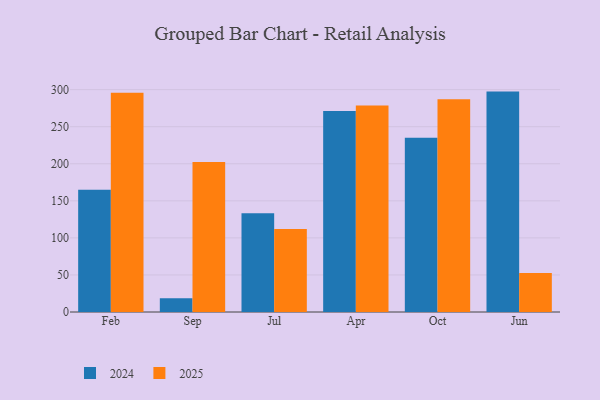
{"axis": {"x": "Month", "y": "Latency (ms)"}, "legend": ["2024", "2025"], "data": [{"x": "Feb", "y": 164.8, "type": "2024"}, {"x": "Feb", "y": 295.7, "type": "2025"}, {"x": "Sep", "y": 18.4, "type": "2024"}, {"x": "Sep", "y": 202.4, "type": "2025"}, {"x": "Jul", "y": 133.2, "type": "2024"}, {"x": "Jul", "y": 112.1, "type": "2025"}, {"x": "Apr", "y": 271.2, "type": "2024"}, {"x": "Apr", "y": 278.5, "type": "2025"}, {"x": "Oct", "y": 235.1, "type": "2024"}, {"x": "Oct", "y": 287.2, "type": "2025"}, {"x": "Jun", "y": 297.4, "type": "2024"}, {"x": "Jun", "y": 52.5, "type": "2025"}]}